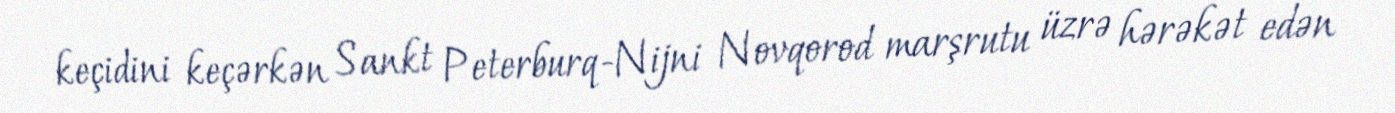
keçidini keçərkən Sankt Peterburq-Nijni Novqorod marşrutu üzrə hərəkət edən